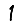
Digit: 1